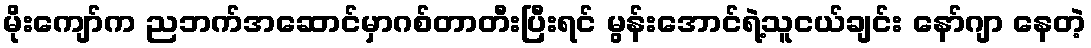
မိုးကျော်က ညဘက်အဆောင်မှာဂစ်တာတီးပြီးရင် မွန်းအောင်ရဲ့သူငယ်ချင်း နော်ဂျာ နေတဲ့